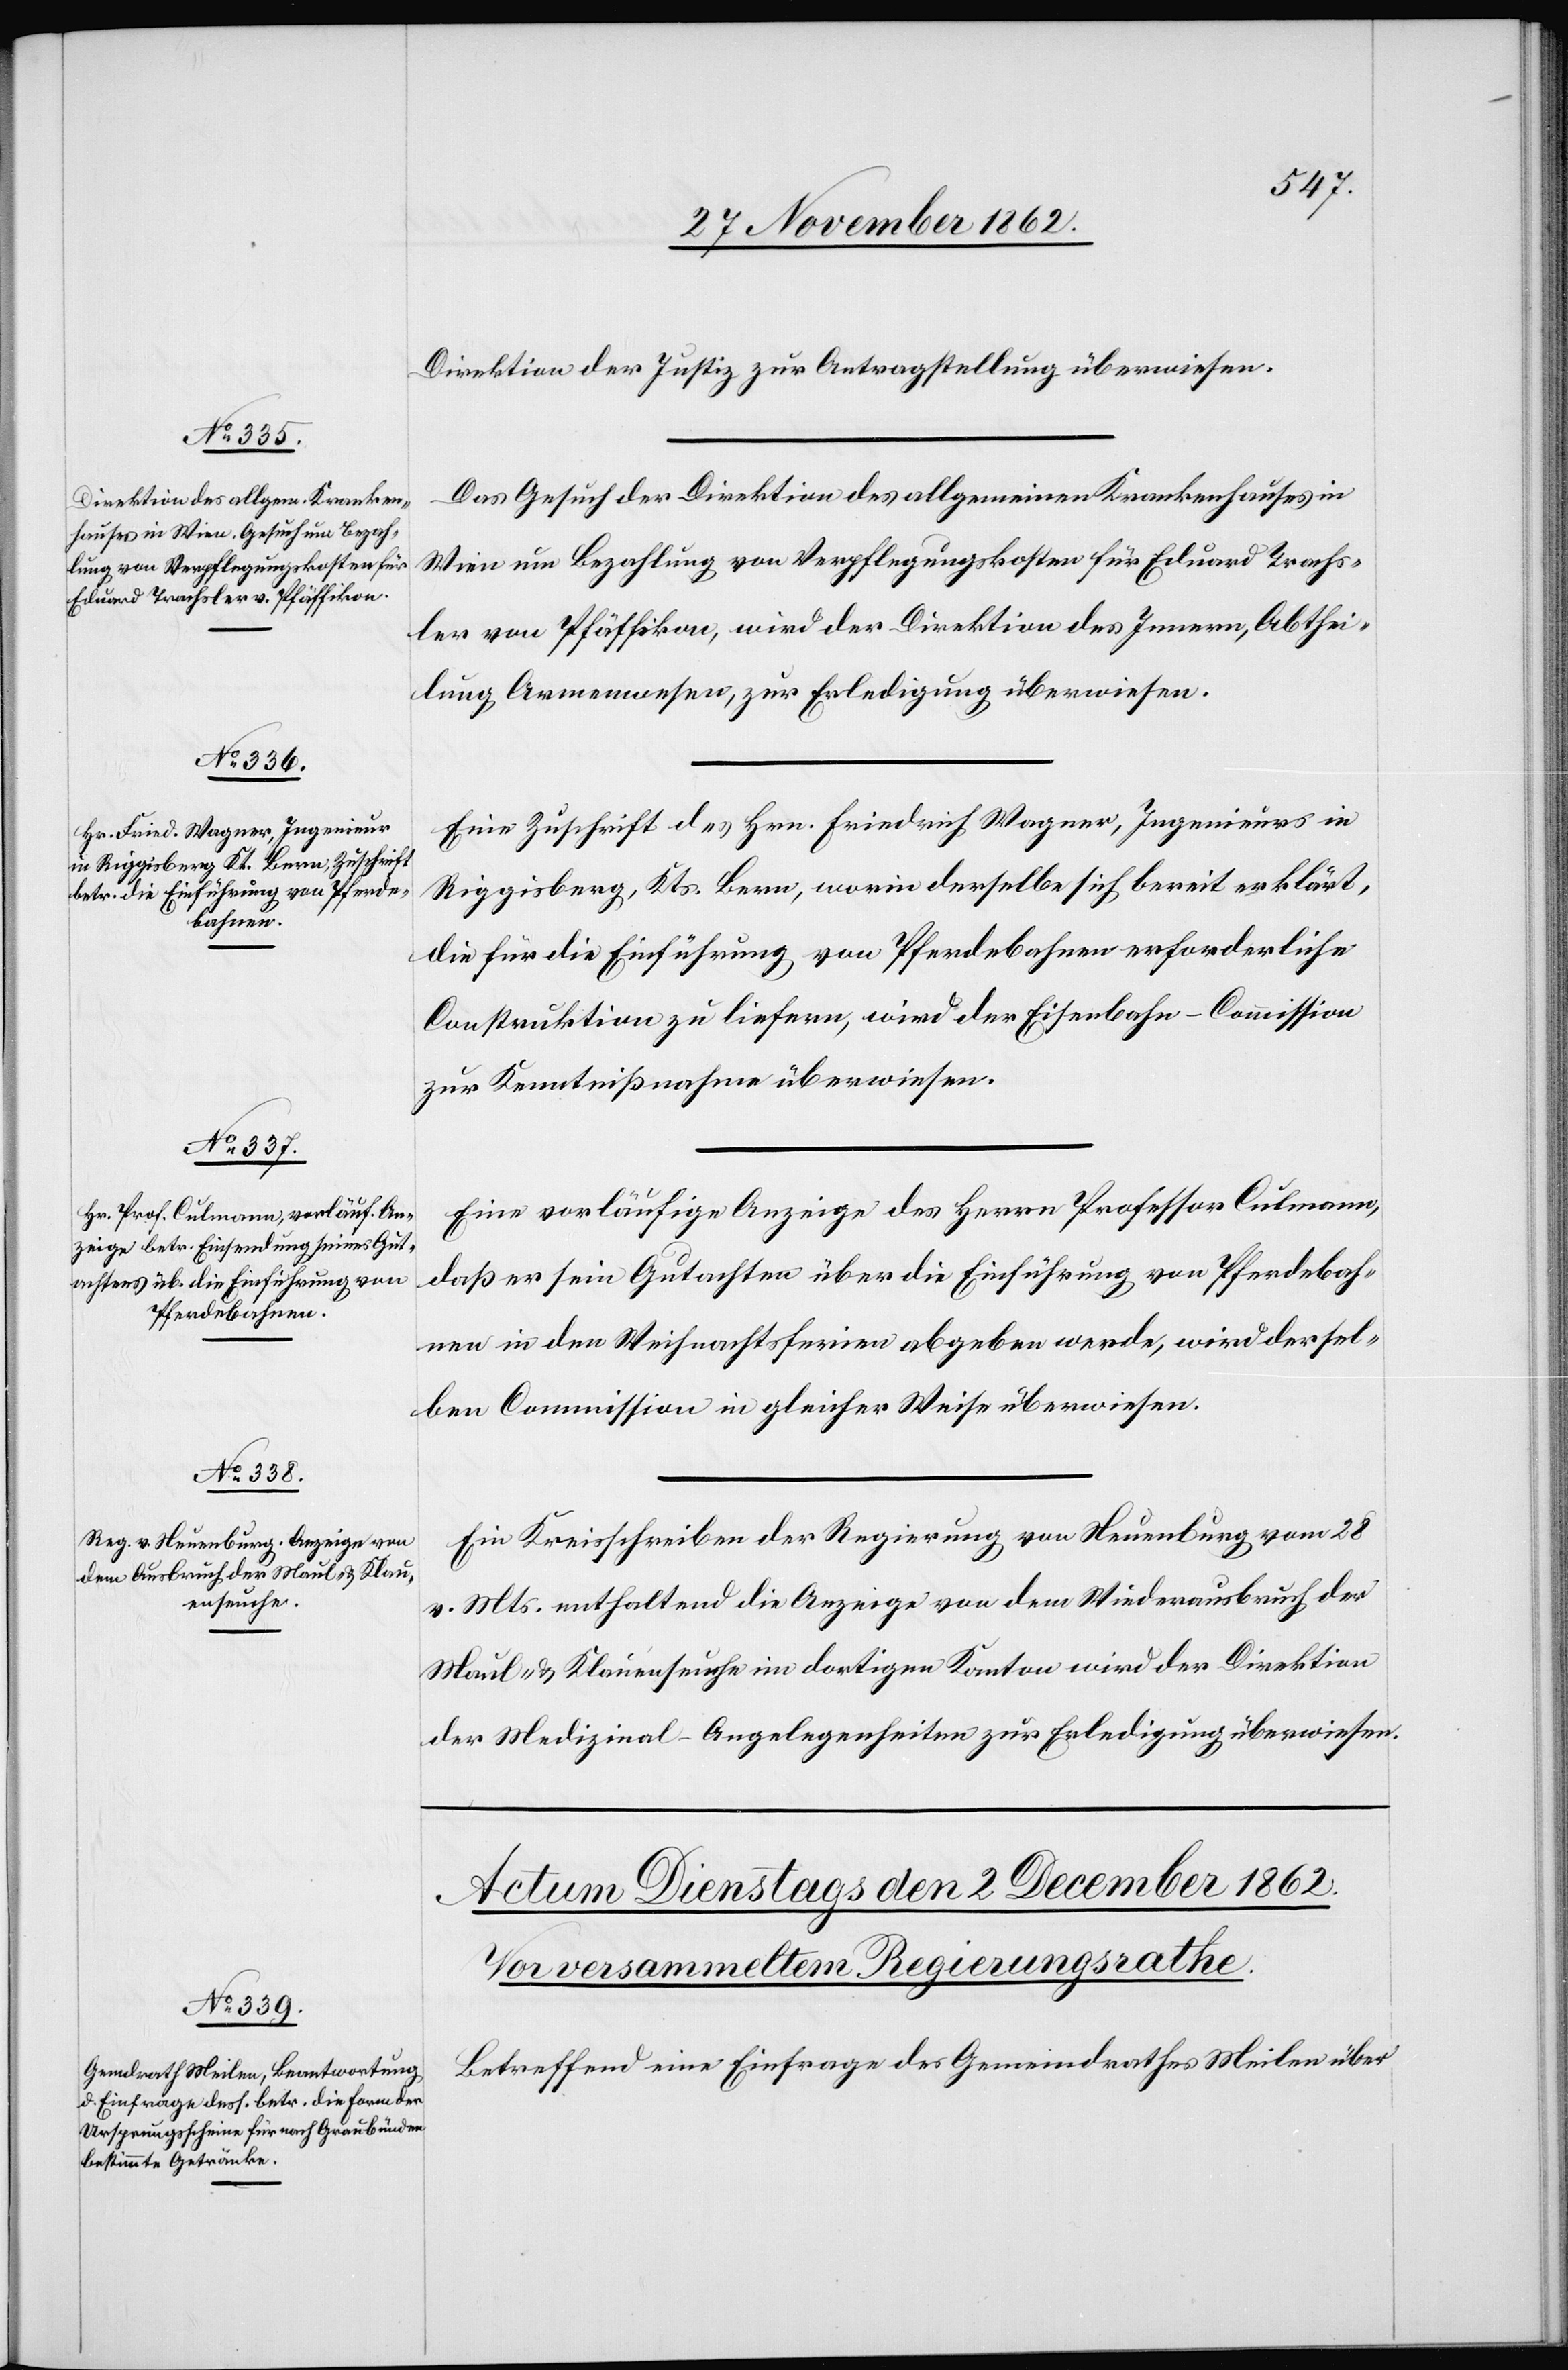
1. December 1862.]
Direktion der Justiz zur Antragstellung überwiesen.
Das Gesuch der Direktion des allgemeinen Krankenhauses in
Wien um Bezahlung von Verpflegungskosten für Eduard Trachs¬
ler von Pfäffikon, wird der Direktion des Innern, Abthei¬
lung Armenwesen, zur Erledigung überwiesen.
Eine Zuschrift des Herrn Friedrich Wagner, Ingenieurs in
Ruggisberg, Kts. Bern, worin derselbe sich bereit erklärt,
die für die Einführung von Pferdebahnen erforderliche
Construktion zu liefern, wird der Eisenbahn-Commission
zur Kenntnißnahme überwiesen.
Eine vorläufige Anzeige des Herrn Professor Culmann,
daß er sein Gutachten über die Einführung von Pferdebah¬
nen in den Weihnachtsferien abgeben werde, wird dersel¬
ben Commission in gleicher Weise überwiesen.
Ein Kreisschreiben der Regierung von Neuenburg vom 28.
v. Mts. enthaltend die Anzeige von dem Wiederausbruch der
Maul- u. Klauenseuche im dortigen Kanton wird der Direktion
der Medizinal-Angelegenheiten zur Erledigung überwiesen.
Betreffend eine Einfrage des Gemeindrathes Meilen über